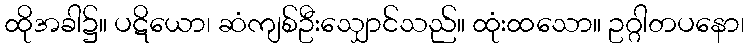
ထိုအခါ၌။ ပဋိယော၊ ဆံကျစ်ဦးသျှောင်သည်။ ထုံးထသော။ ဥဂ္ဂါတပနော၊